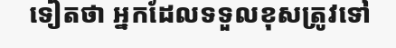
ទៀតថា អ្នកដែលទទួលខុសត្រូវទៅ